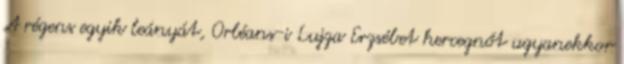
A régens egyik leányát, Orléans-i Lujza Erzsébet hercegnőt ugyanekkor